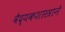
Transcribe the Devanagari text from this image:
वैद्यकशास्त्राने